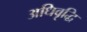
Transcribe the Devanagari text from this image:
अधिवृद्धि